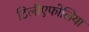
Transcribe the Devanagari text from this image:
टिलीएफोलिया